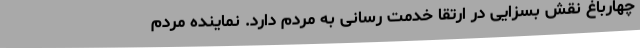
چهارباغ نقش بسزایی در ارتقا خدمت رسانی به مردم دارد. نماینده مردم